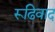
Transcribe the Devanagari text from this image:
रूढिवाद